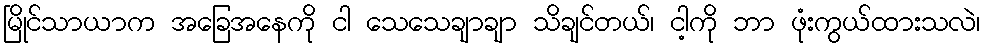
မြိုင်သာယာက အခြေအနေကို ငါ သေသေချာချာ သိချင်တယ်၊ ငါ့ကို ဘာ ဖုံးကွယ်ထားသလဲ၊